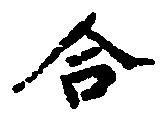
合